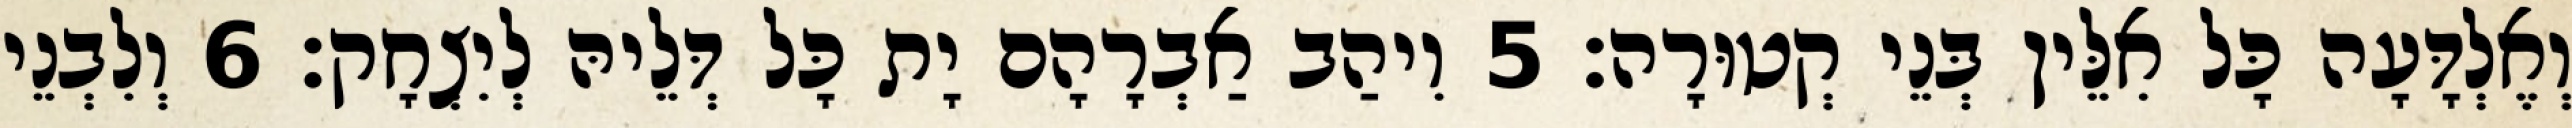
וְאֶלְדָּעָה כָּל אִלֵּין בְּנֵי קְטוּרָה׃ 5 וִיהַב אַבְרָהָם יָת כָּל דְּלֵיהּ לְיִצְחָק׃ 6 וְלִבְנֵי